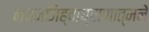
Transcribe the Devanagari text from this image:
नयनजिह्वाघ्राणात्मने